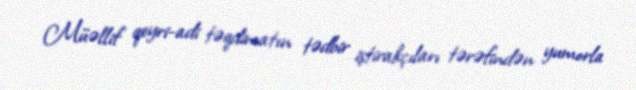
Müəllif qeyri-adi təqdimatın tədbir iştirakçıları tərəfindən yumorla